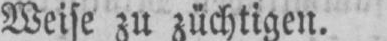
Weise zu züchtigen.